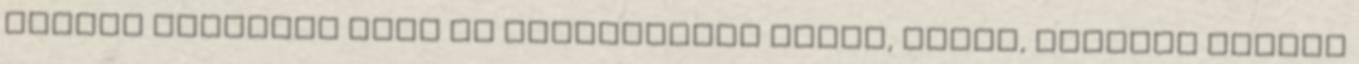
sikerű Leonardo Live és Exhibitions Manet, Munch, Vermeer filmek